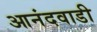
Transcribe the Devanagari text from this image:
आनंदवाडी